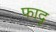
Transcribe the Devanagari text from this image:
फादृ